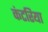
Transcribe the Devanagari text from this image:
कंटरिया